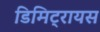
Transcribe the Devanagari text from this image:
डिमिट्रायस